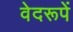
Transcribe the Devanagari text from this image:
वेदरूपें